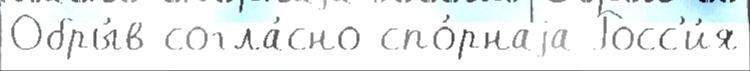
Обры́в согла́сно спо́рнаjа Росс'и́я